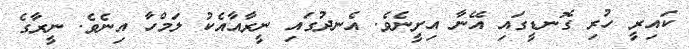
ކައިރީ ހުރި ގޮނޑީގައި އޭނާ އިށީނެވެ. އެނދުގައި ނީރާއާއެކު ލަމްހާ އިނެވެ. ނީރާގެ